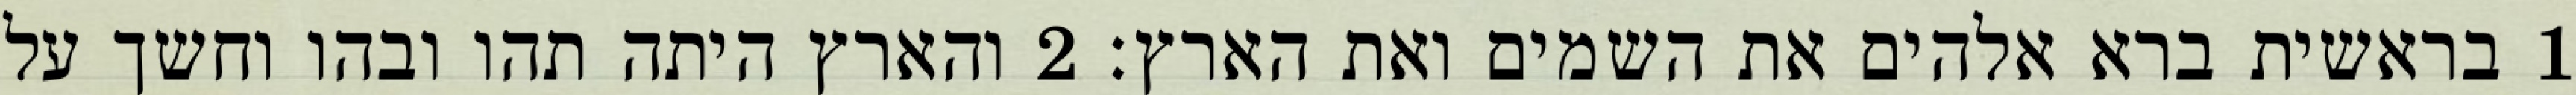
1 בראשית ברא אלהים את השמים ואת הארץ׃ ‎2‏ והארץ היתה תהו ובהו וחשך על